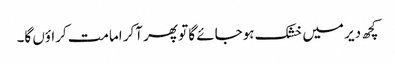
کچھ دیر میں خشک ہوجائے گا تو پھر آکر امامت کراؤں گا۔